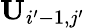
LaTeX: \mathbf{U}_{i^{\prime}-1,j^{\prime}}